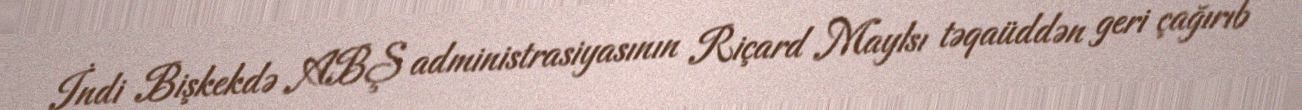
İndi Bişkekdə ABŞ administrasiyasının Riçard Maylsı təqaüddən geri çağırıb